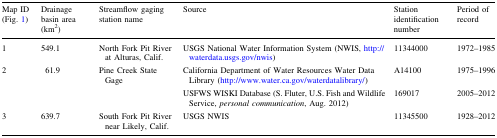
<table><thead><tr><td><b>Map ID (Fig. 1)</b></td><td><b>Drainage basin area (km<sup>2</sup>)</b></td><td><b>Streamflow gaging station name</b></td><td><b>Source</b></td><td><b>Station identification number</b></td><td><b>Period of record</b></td></tr></thead><tbody><tr><td>1</td><td>549.1</td><td>North Fork Pit River at Alturas, Calif.</td><td>USGS National Water Information System (NWIS, http://waterdata.usgs.gov/nwis)</td><td>11344000</td><td>1972–1985</td></tr><tr><td rowspan="2">2</td><td rowspan="2">61.9</td><td rowspan="2">Pine Creek State Gage</td><td>California Department of Water Resources Water Data Library (http://www.water.ca.gov/waterdatalibrary/)</td><td>A14100</td><td>1975–1996</td></tr><tr><td>USFWS WISKI Database (S. Fluter, U.S. Fish and Wildlife Service, <i>personal communication</i>, Aug. 2012)</td><td>169017</td><td>2005–2012</td></tr><tr><td>3</td><td>639.7</td><td>South Fork Pit River near Likely, Calif.</td><td>USGS NWIS</td><td>11345500</td><td>1928–2012</td></tr></tbody></table>